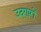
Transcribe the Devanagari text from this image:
उद्‌गारों